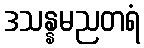
ဒသန္နမညတရံ